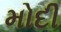
મોદી